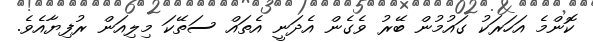
ކޮންމެ އަހަރަކު ގައުމުން ބޭރު ވެގެން އެދަނީ އެތައް ސަތޭކަ މިލިއަން ރުފިޔާއެވެ.